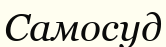
Самосуд